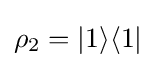
\rho _{2}=|1\rangle \langle 1|